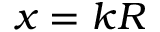
x = k R